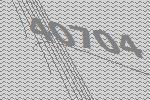
40704